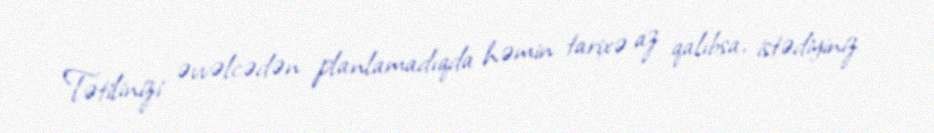
Tətilinizi əvvəlcədən planlamadıqda həmin tarixə az qalıbsa, istədiyiniz